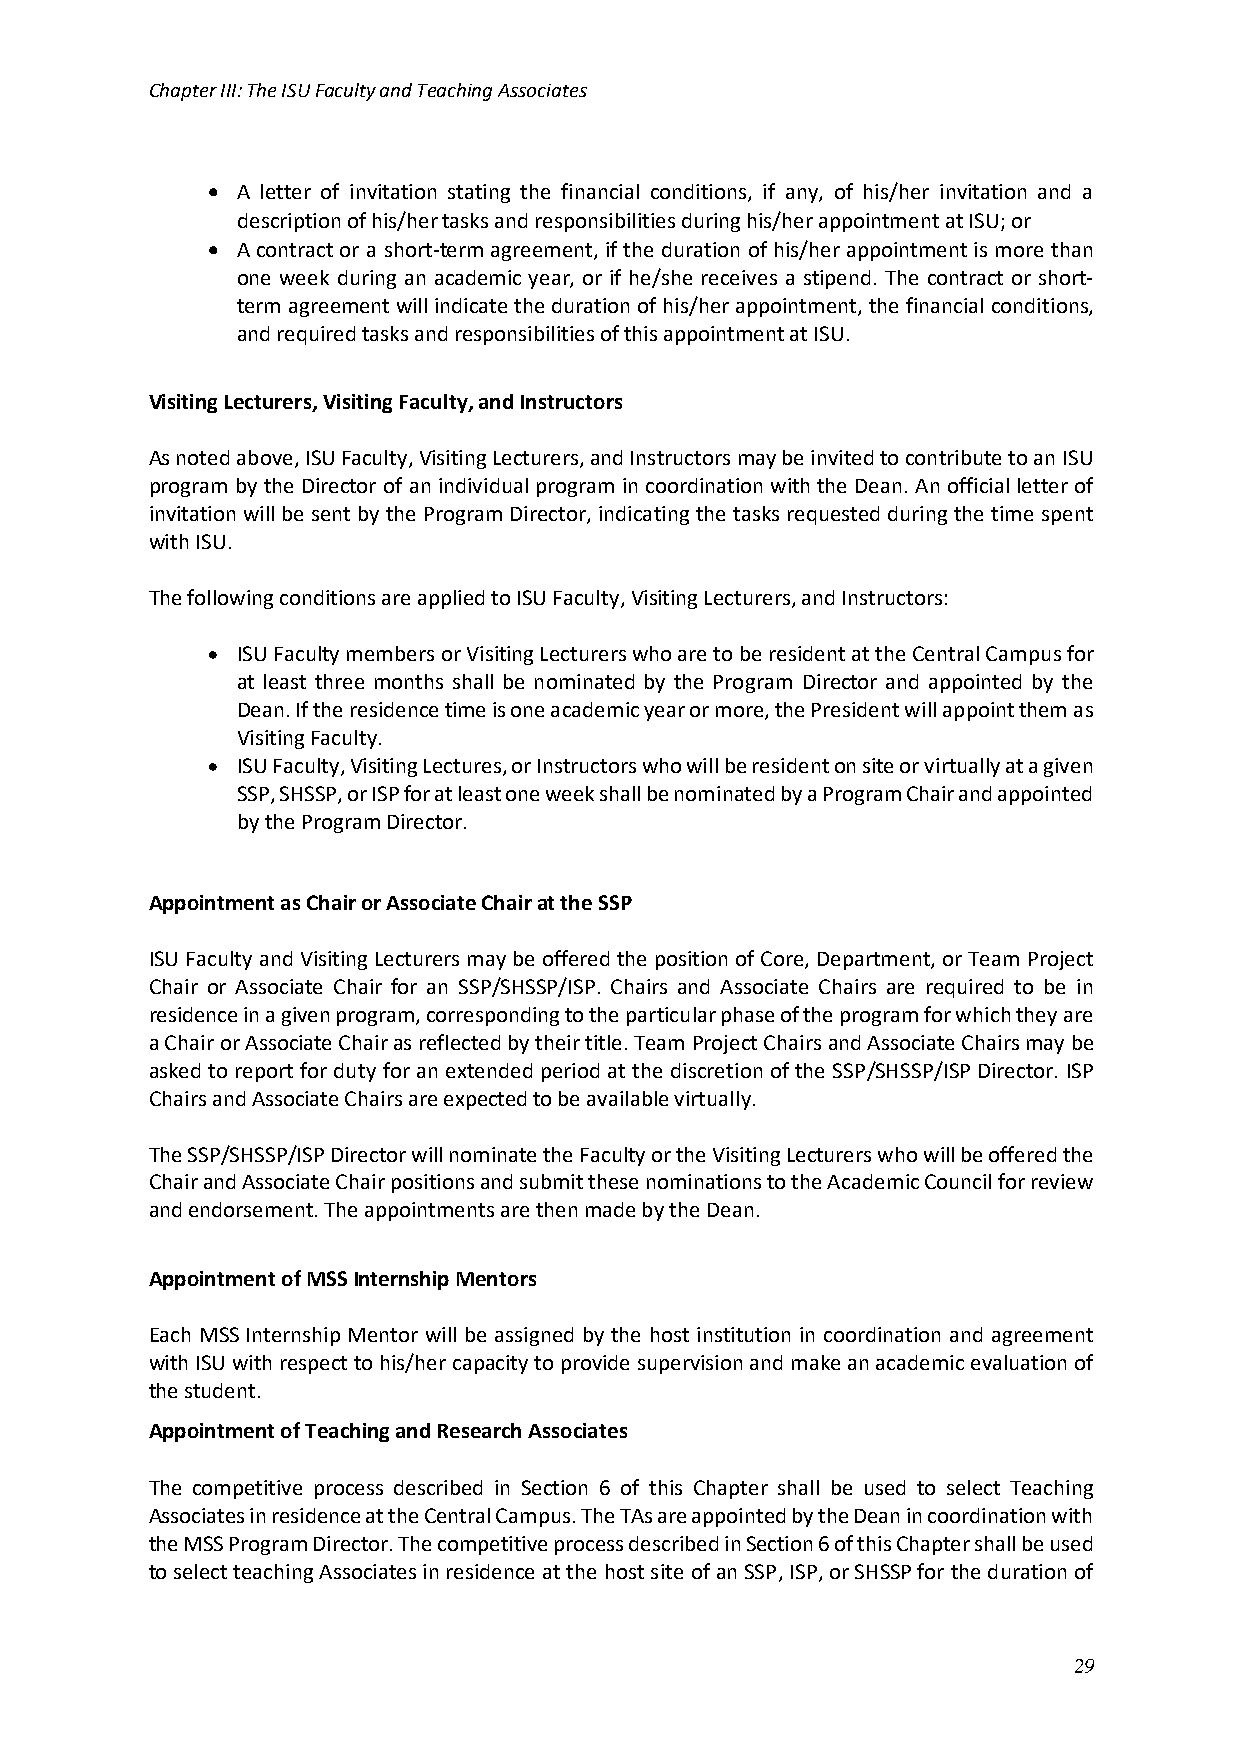
Chapter III: The ISU Faculty and Teaching Associates
 • A letter of invitation stating the financial conditions, if any, of his/her invitation and a
 description of his/her tasks and responsibilities during his/her appointment at ISU; or
 • A contract or a short-term agreement, if the duration of his/her appointment is more than
 one week during an academic year, or if he/she receives a stipend. The contract or short-
 term agreement will indicate the duration of his/her appointment, the financial conditions,
 and required tasks and responsibilities of this appointment at ISU.
 Visiting Lecturers, Visiting Faculty, and Instructors
 As noted above, ISU Faculty, Visiting Lecturers, and Instructors may be invited to contribute to an ISU
 program by the Director of an individual program in coordination with the Dean. An official letter of
 invitation will be sent by the Program Director, indicating the tasks requested during the time spent
 with ISU.
 The following conditions are applied to ISU Faculty, Visiting Lecturers, and Instructors:
 • ISU Faculty members or Visiting Lecturers who are to be resident at the Central Campus for
 at least three months shall be nominated by the Program Director and appointed by the
 Dean. If the residence time is one academic year or more, the President will appoint them as
 Visiting Faculty.
 • ISU Faculty, Visiting Lectures, or Instructors who will be resident on site or virtually at a given
 SSP, SHSSP, or ISP for at least one week shall be nominated by a Program Chair and appointed
 by the Program Director.
 Appointment as Chair or Associate Chair at the SSP
 ISU Faculty and Visiting Lecturers may be offered the position of Core, Department, or Team Project
 Chair or Associate Chair for an SSP/SHSSP/ISP. Chairs and Associate Chairs are required to be in
 residence in a given program, corresponding to the particular phase of the program for which they are
 a Chair or Associate Chair as reflected by their title. Team Project Chairs and Associate Chairs may be
 asked to report for duty for an extended period at the discretion of the SSP/SHSSP/ISP Director. ISP
 Chairs and Associate Chairs are expected to be available virtually.
 The SSP/SHSSP/ISP Director will nominate the Faculty or the Visiting Lecturers who will be offered the
 Chair and Associate Chair positions and submit these nominations to the Academic Council for review
 and endorsement. The appointments are then made by the Dean.
 Appointment of MSS Internship Mentors
 Each MSS Internship Mentor will be assigned by the host institution in coordination and agreement
 with ISU with respect to his/her capacity to provide supervision and make an academic evaluation of
 the student.
 Appointment of Teaching and Research Associates
 The competitive process described in Section 6 of this Chapter shall be used to select Teaching
 Associates in residence at the Central Campus. The TAs are appointed by the Dean in coordination with
 the MSS Program Director. The competitive process described in Section 6 of this Chapter shall be used
 to select teaching Associates in residence at the host site of an SSP, ISP, or SHSSP for the duration of
 29